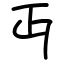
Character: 丏